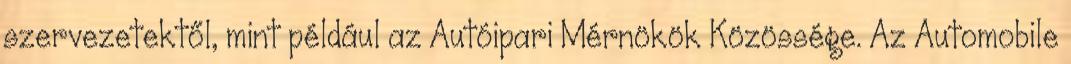
szervezetektől, mint például az Autóipari Mérnökök Közössége. Az Automobile